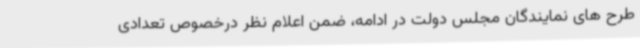
طرح های نمایندگان مجلس دولت در ادامه، ضمن اعلام نظر درخصوص تعدادی